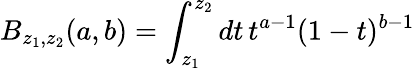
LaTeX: B_{z_{1},z_{2}}(a,b)=\int_{z_{1}}^{z_{2}}dt\, t^{a-1}(1-t)^{b-1}